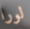
لورا